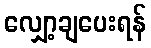
လျှော့ချပေးရန်